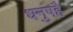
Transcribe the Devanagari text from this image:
धनुषहै